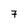
Character: 7